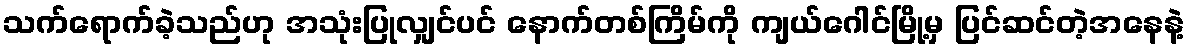
သက်ရောက်ခဲ့သည်ဟု အသုံးပြုလျှင်ပင် နောက်တစ်ကြိမ်ကို ကျယ်ဂေါင်မြို့မှ ပြင်ဆင်တဲ့အနေနဲ့